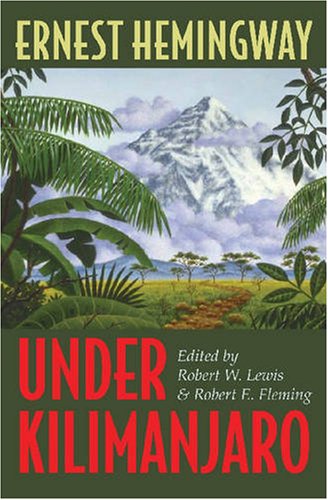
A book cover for Under Kilimanjaro; Ernest Hemingway; Literature & Fiction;